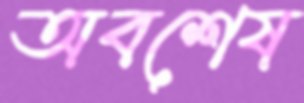
অবশেষ